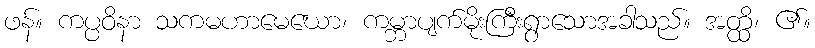
ဖန်။ ကပ္ပဝိနာ သကမဟာမေဃော၊ ကမ္ဘာပျက်မိုးကြီးရွာသောအခါသည်။ အတ္ထိ၊ ၏။